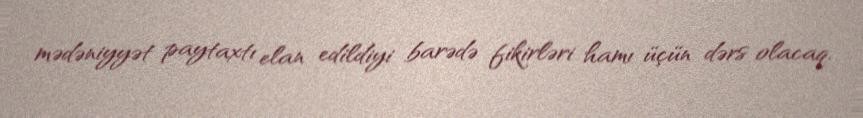
mədəniyyət paytaxtı elan edildiyi barədə fikirləri hamı üçün dərs olacaq.